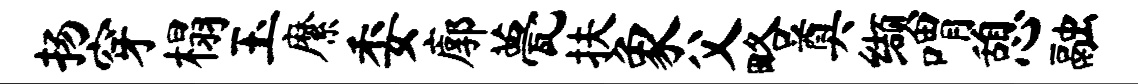
扬穿榻玉縻委廓甍扶象父略奠缬喟憩融